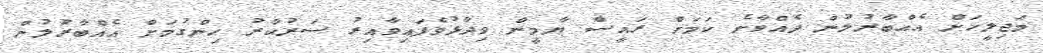
މަޖިލީހަށް އެއްބާރުލުން ދެއްވާނެ ކަމަށް ރައީސް ޔާމީން ވިދާޅުވެފައިވާއިރު ސަރުކާރު ހިންގުމަށް އެއްބާރުލުން